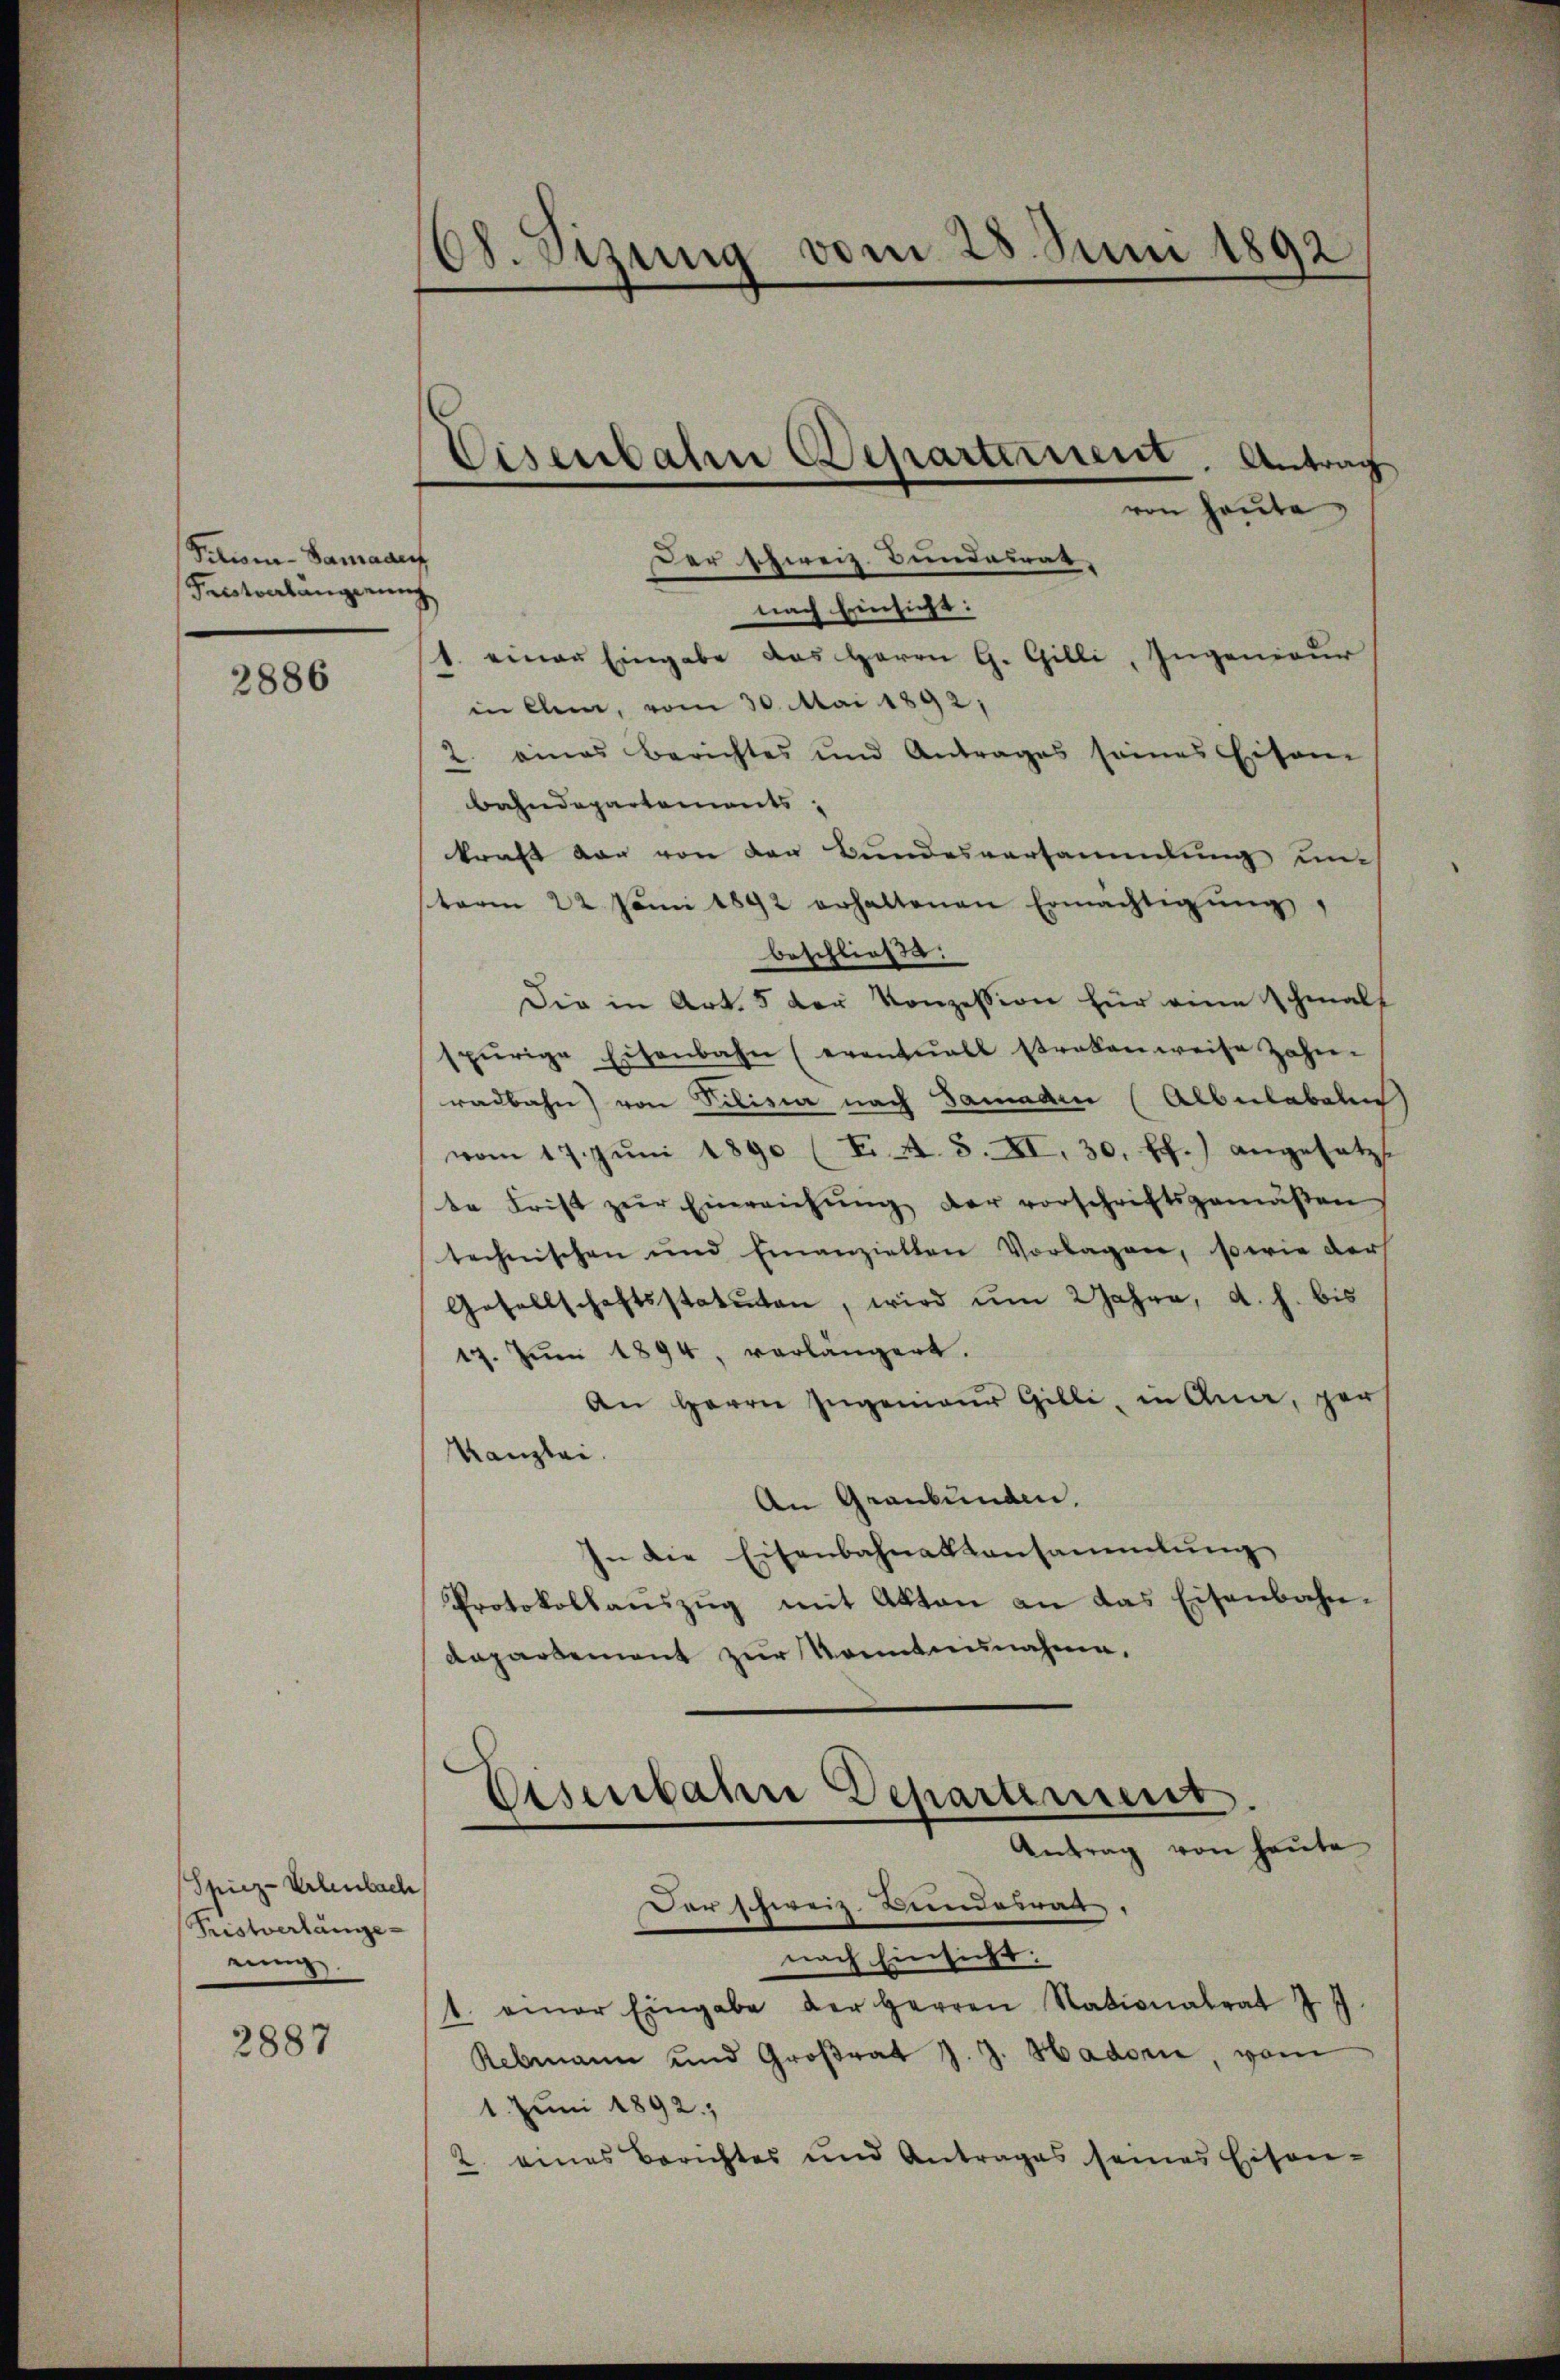
Pitiona-Samaden
Fentverlängerung

2886

Spiez-Vrlenbach
Tristverlänge-
einig

2887

68. Sizung vom 28. Juni 1892

ven heute
Der schweiz. Bundesrat,
nach Einsicht:
1. einer Eingabe das Herrn G. Gilli, Ingenieur
in Chem, vom 30. Mai 1892,
2. amas Berichtes und Antrages seines Eisen
bahndepartements,
kraft vor von den Bundesversammlung und
sterm 22. Juni 1892 erhaltenen Ermächtigŭng
beschließe.
Die in Art. 5 der Konzession für eine schmals
spurige Eisenbahn (eventuall straten weise Zahn-
radbahn von Silisia nach Samadin (Alberlabel
vom 17. Jŭni 1890 (T. A. S. XI, 30. ff.) angesetzt
te Frist zŭr Einreichŭng der vorschriftsgemäβen
technischen und Emanziellen Vorlagen, sowie der
Gesellschaftsstatuten, wird um 2 Jahre, d. h. bis
17. Jŭni 1894 vorlängert.
An Herrn Ingenieur Gilli, in Ana, ger
Kanzlei.
An Graubünden,
In die Eisenbahnaktansammlung
Protokollauszug mit Akten an das Eisenbahndapartement zur Konntannahme.

Eisenbahn Departernent, Antrag

Eisenbahne Departement
Antrag von heute

Der schweiz. Bundesrat.
nach Einsicht:
1. einer Eingabe der Herren Stationalrat J
Rebmann und Großrat J. J. Hador, vom
1. Juni 1892,
2. eines Berichtes und Antrages seines Eisen-